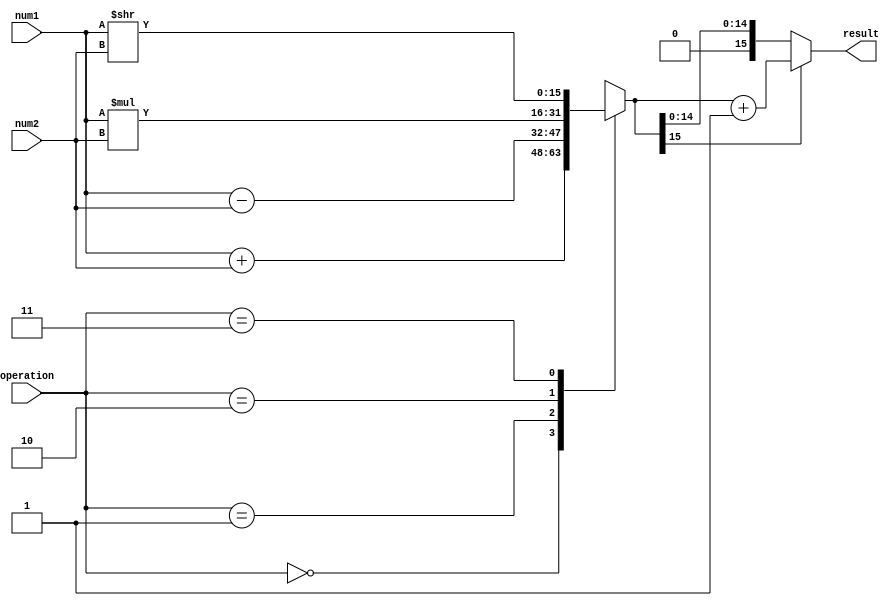
module half_precision_unit (
    input wire [15:0] num1,
    input wire [15:0] num2,
    input wire [1:0] operation,
    output reg [15:0] result
);

reg [15:0] temp_result;

always @ (*)
begin
    case(operation)
        2'b00: temp_result = num1 + num2; // addition
        2'b01: temp_result = num1 - num2; // subtraction
        2'b10: temp_result = num1 * num2; // multiplication
        2'b11: temp_result = num1 >> num2; // shifting
    endcase
end

always @ (*)
begin
    // rounding and normalization
    if(temp_result[15] == 1) 
        result = temp_result + 1;
    else
        result = temp_result;
end

endmodule